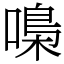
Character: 嘄